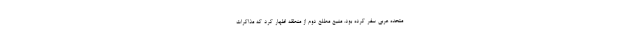
متحده عربی سفر کرده بود. منبع مطلع دوم از منطقه اظهار کرد که مذاکرات